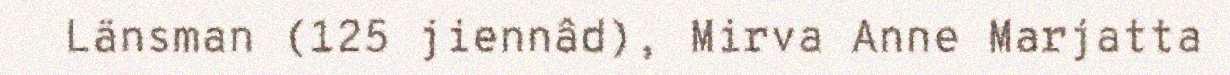
Länsman (125 jiennâd), Mirva Anne Marjatta